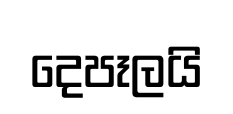
දෙපෑලයි